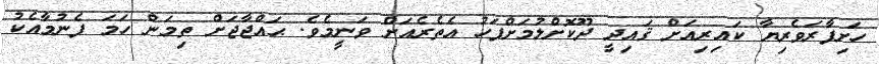
ހަށިފާރަވެރިޔާ ކައިރިއަށް ޤައިދީ ދޫކޮށްލުމަށްފަހު އެތެރެއަށް ވަނީމެވެ. ޙައްޖާޖަށް ތިމަން ހަމަ ފެނުމާއެކު